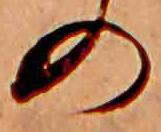
の